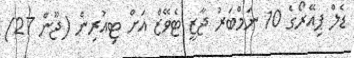
ޑެލް ޕިއޭރޯގެ 10 ނަމްބަރު ޖާޒީ ޓެވޭޒް އަށް ޓިއުރިން (ޖޫން 27)